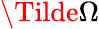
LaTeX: \Tilde{\Omega}